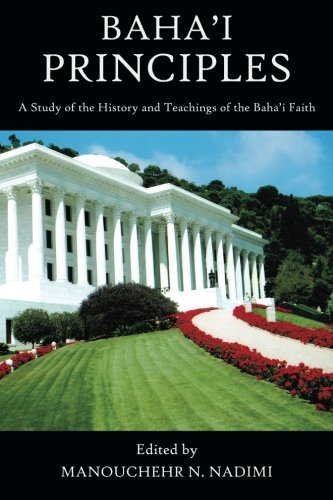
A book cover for Baha'i Principles: A Study of the History and Teachings of the Baha'i Faith; Manouchehr N. Nadimi; Religion & Spirituality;